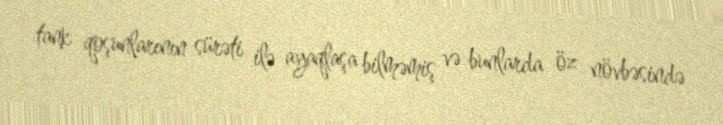
tank qoşunlarının sürəti ilə ayaqlaşa bilməmiş və bunlarda öz növbəsində